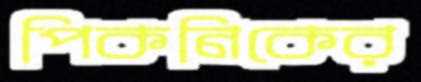
পিকনিকের